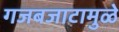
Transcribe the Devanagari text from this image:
गजबजाटामुळे